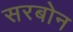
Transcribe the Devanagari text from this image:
सरबोन